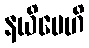
နယိမေဟိ